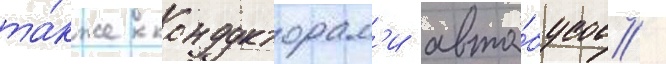
та́кже кондукторам'и авто́бусов /